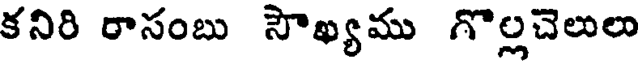
కనిరి రాసంబు సౌఖ్యము గొల్లచెలులు